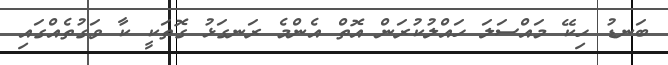
ބަނޑު ހިކޭ މައްސަލަ ހައްލުކުރަން އޮތް އެންމެ ރަނގަޅު ގޮތަކީ ކާ ވަގުތެއްގައި